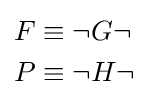
{\begin{aligned}F&\equiv \lnot G\lnot \\P&\equiv \lnot H\lnot \end{aligned}}